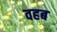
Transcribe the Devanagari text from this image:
वहब